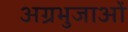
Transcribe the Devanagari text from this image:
अग्रभुजाओं